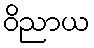
ဝိညာယ